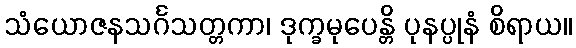
သံယောဇနသင်္ဂသတ္တကာ၊ ဒုက္ခမုပေန္တိ ပုနပ္ပုနံ စိရာယ။